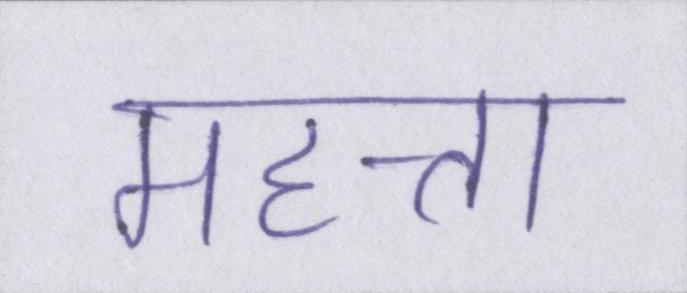
महत्ता